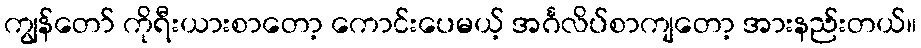
ကျွန်တော် ကိုရီးယားစာတော့ ကောင်းပေမယ့် အင်္ဂလိပ်စာကျတော့ အားနည်းတယ်။